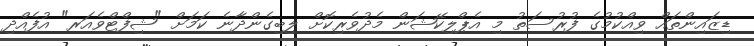
ޑިޒައިންތައް ވިއްކުމުގެ ފުރުސަތު މި އެޕްލިކޭޝަން މެދުވެރިކޮށް ލިބިގެންދާނެ ކަމަށް "ޝިފްޓްވެއަރ" އުފެއްދި